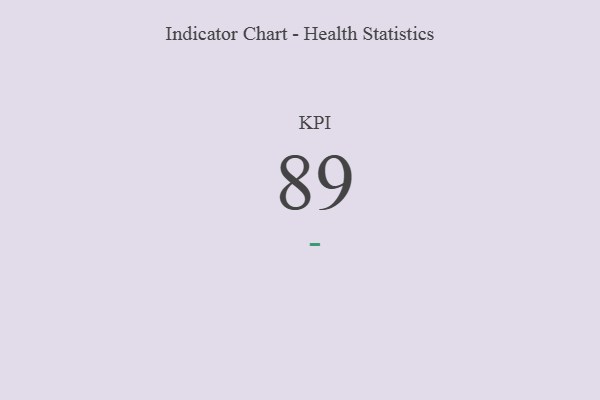
{"axis": {"x": "KPI", "y": "Value"}, "legend": [""], "data": [{"x": "KPI", "y": 89, "type": ""}]}